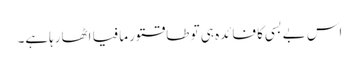
اس بے بسی کا فائدہ ہی تو طاقتور مافیا اٹھارہاہے۔